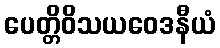
ပေတ္တိဝိသယဝေဒနီယံ